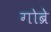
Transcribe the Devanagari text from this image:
गोब्रे